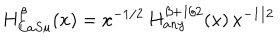
LaTeX: H _ { C a S u } ^ { \beta } ( x ) = x ^ { - 1 / 2 } \, H _ { a n y } ^ { \beta + 1 / 2 } ( x ) \, x ^ { - 1 / 2 }